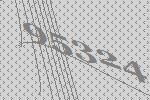
95324